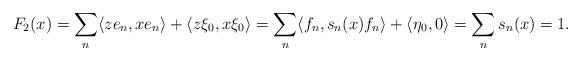
LaTeX: \begin{align*}F_2(x)=\sum_n\langle z e_n, xe_n\rangle+\langle z\xi_0,x\xi_0\rangle =\sum_n\langle f_n, s_n(x)f_n\rangle+\langle \eta_0,0\rangle=\sum_n s_n(x)=1.\end{align*}